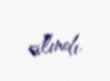
alındı.